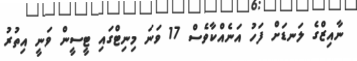
ނާއިޒްގެ ލަނޑަށް ފަހު އަނެއްކާވެސް 17 ވަނަ މިނިޓްގައި ޓީސީން ވަނީ އިތުރު